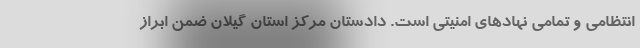
انتظامی و تمامی نهادهای امنیتی است. دادستان مرکز استان گیلان ضمن ابراز